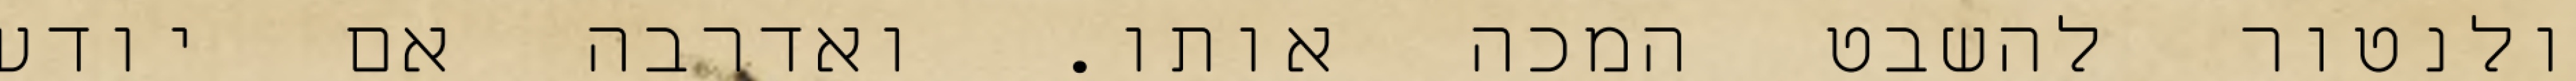
ולנטור להשבט המכה אותו. ואדרבה אם יודע